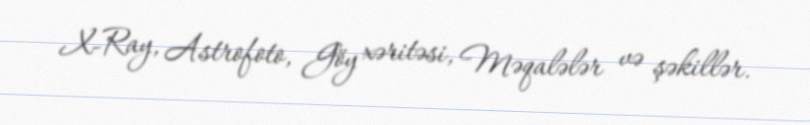
X-Ray, Astrofoto, Göy xəritəsi, Məqalələr və şəkillər.